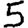
Digit: 5